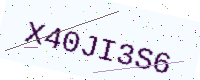
Text: X40JI3S6